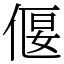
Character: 偃